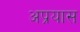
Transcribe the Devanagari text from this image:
अप्रयास